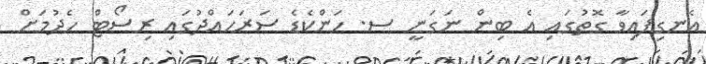
އެނގިފައިވާ ގޮތުގައި އެ ބިން ނަގަނީ ސ. ހަންކެޑެ ސަރަހައްދުގައި ރިސޯޓް ހެދުމަށް